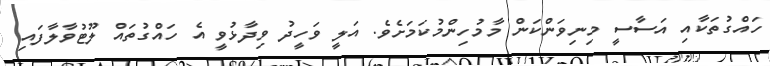
ހައްގުތަކާއި އަސާސީ މިނިވަންކަން މާމުހިންމުކަމަށެވެ. އަލީ ވަހީދު ވިދާޅުވީ އެ ހައްގުތައް ލޫޓުވާލާފައި